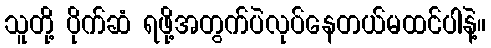
သူတို့ ပိုက်ဆံ ရဖို့အတွက်ပဲလုပ်နေတယ်မထင်ပါနဲ့။